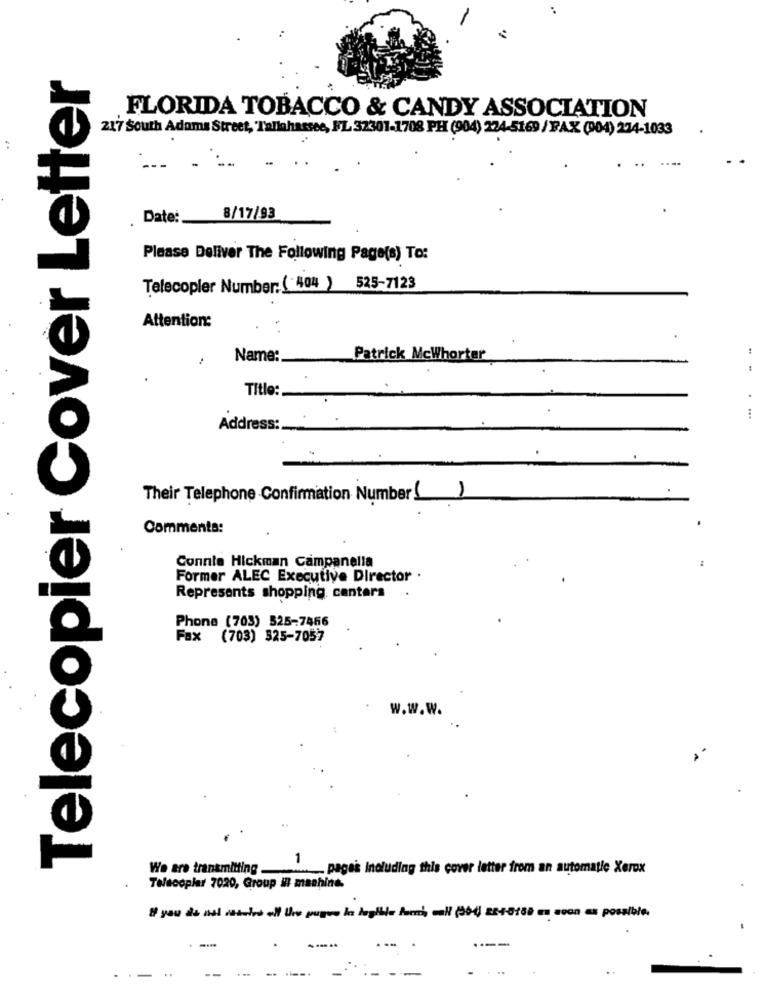
-
Telecopier Cover Letter
FLORIDA TOBACCO & CANDY ASSOCIATION
217 South Adams Street, Tallahassee, FL 32301-1708 PH (904) 224-5169 / FAX (004) 234-1033
--
Date:
8/17/93
Please Deliver The Following Page(s) To:
Telecopler Number:( 404 ) 525-7123
Attention:
Name:
Patrick Mcwhorter
Title:
Address:
Their Telephone Confirmation Number( )
Comments:
Connie Hickman Campanella
Former ALEC Executive Director .
Represents shopping centers
Phone (703) 525-7466
Fax (703) 325-7057
w.w.w.
1
We are transmitting.
. pagas Including this cover letter from an automatic Xerox
Telacoplar 7020, Group Il machine.